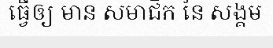
ធ្វើឲ្យ មាន សមាជិក នៃ សង្គម